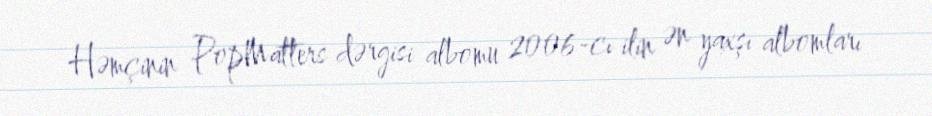
Həmçinin PopMatters dərgisi albomu 2006-cı ilin ən yaxşı albomları